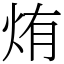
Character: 烠